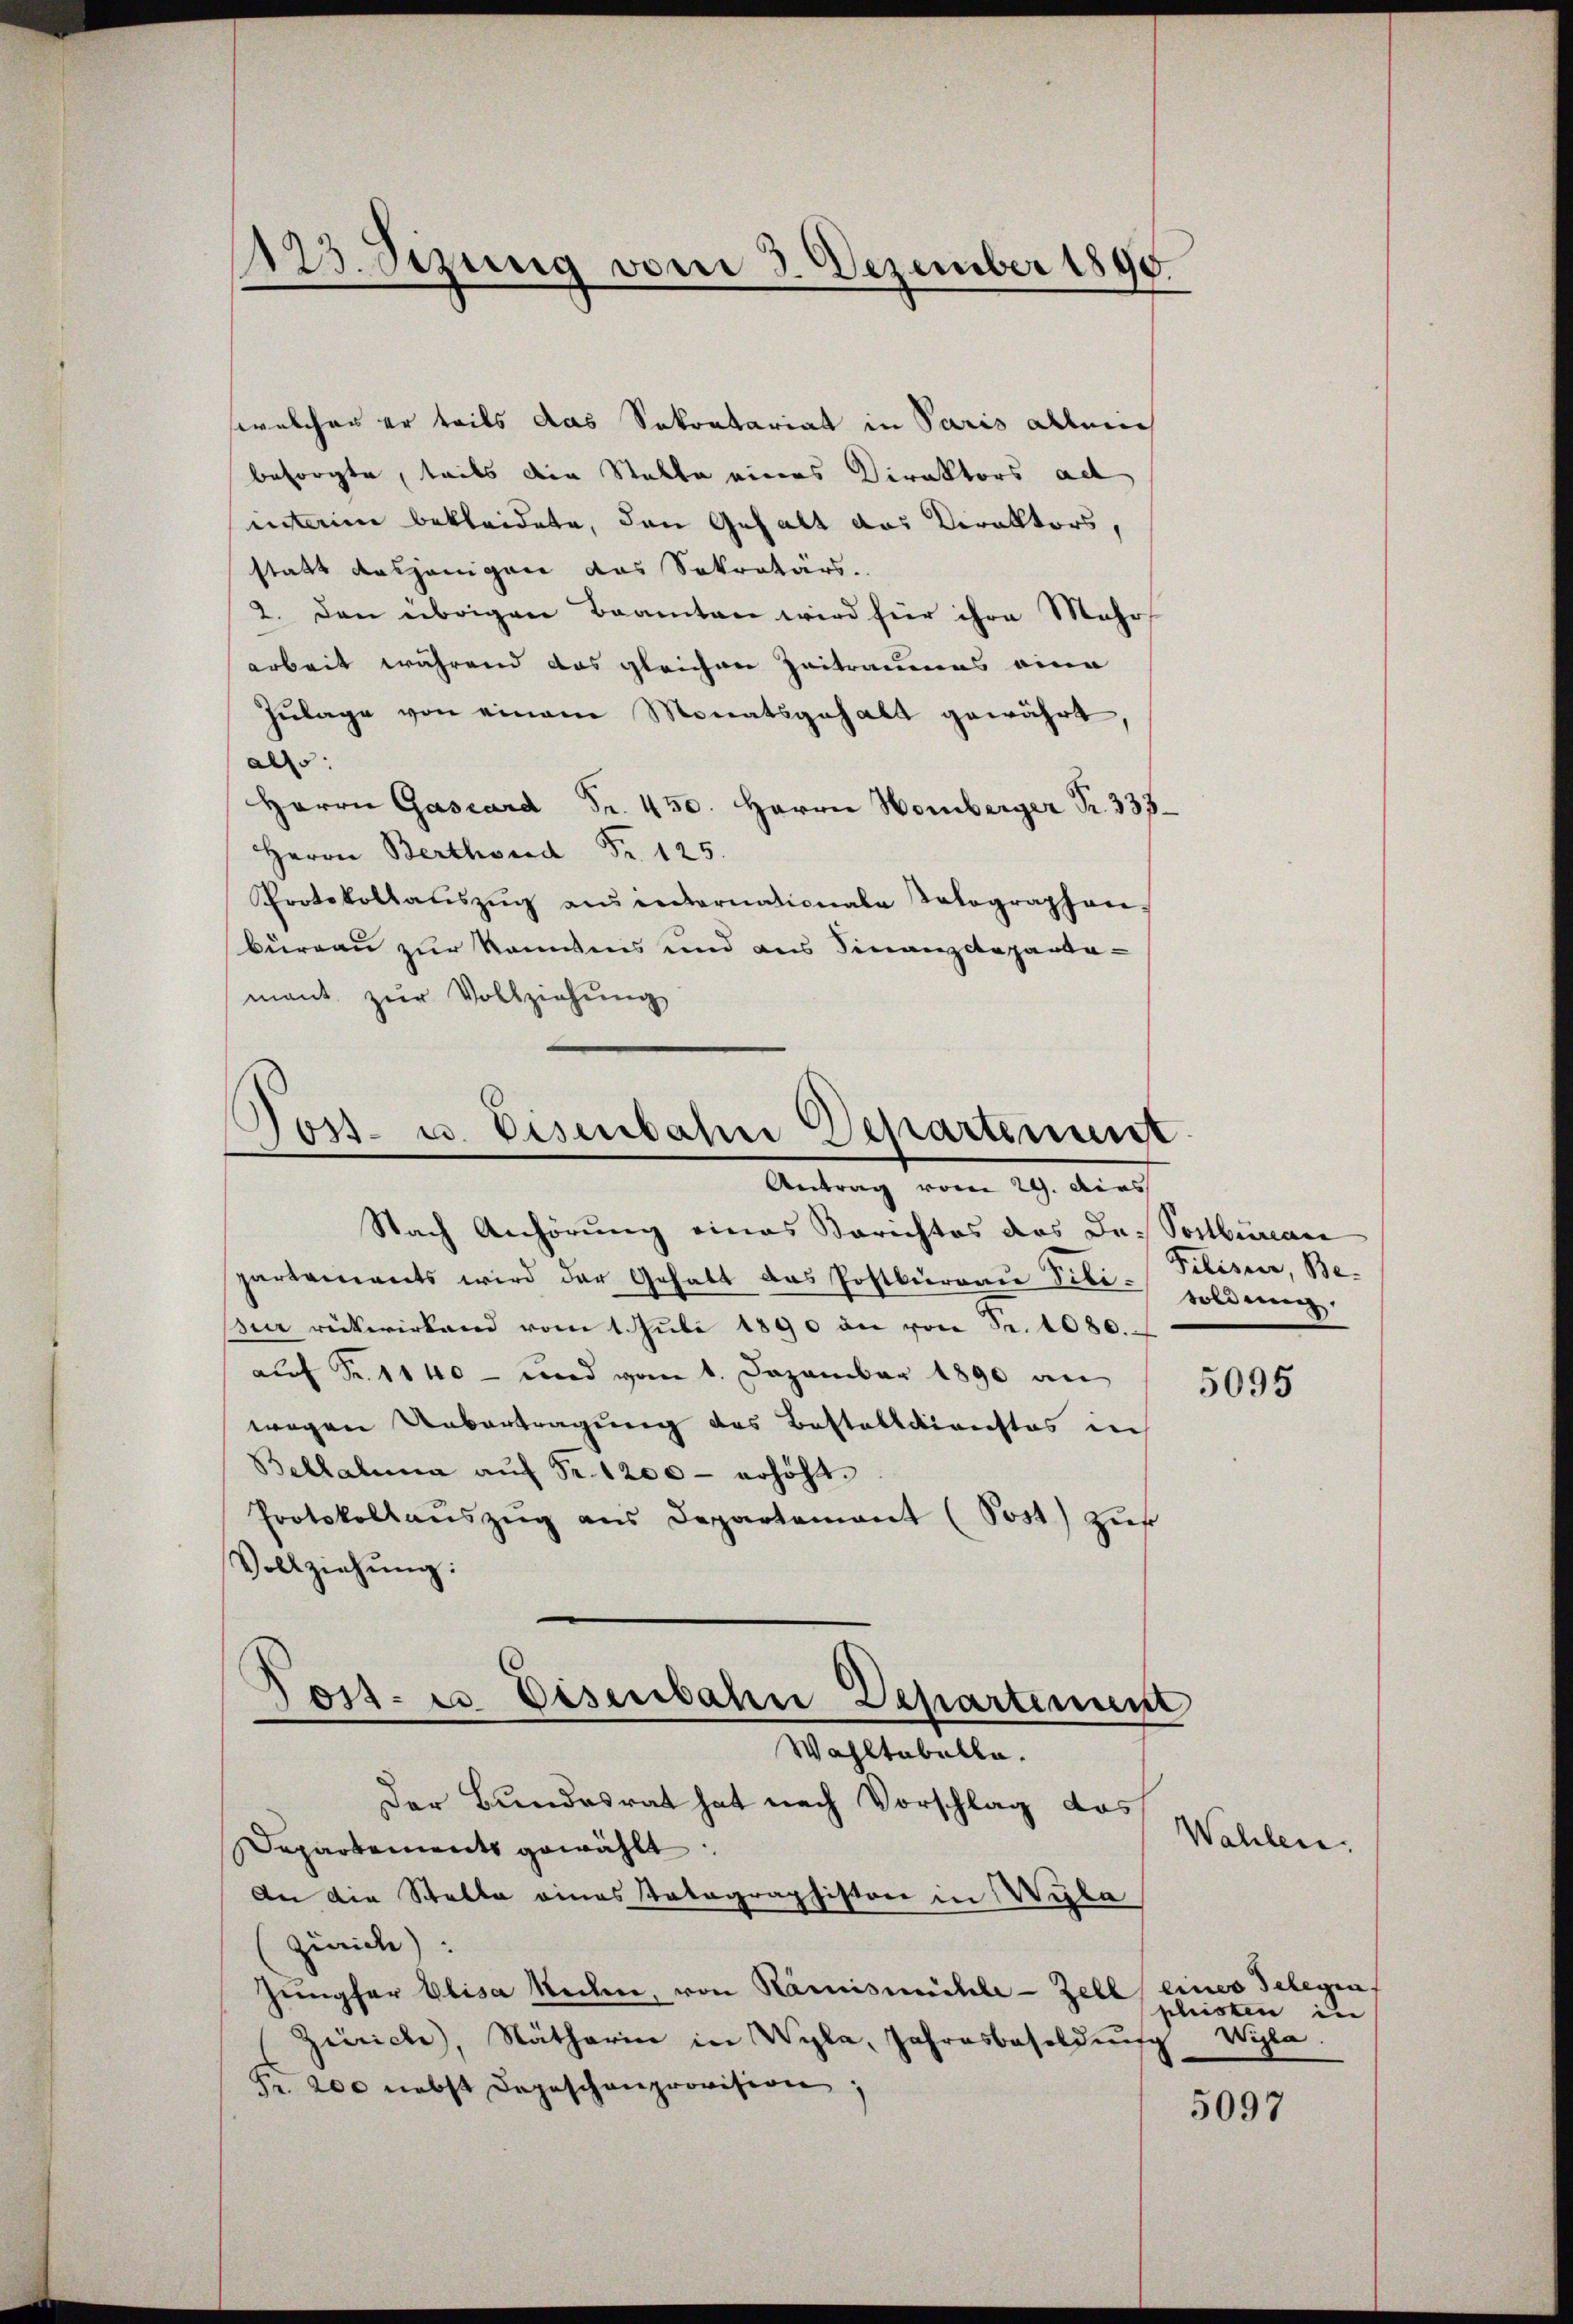
1123. Sizung vom 3. Dezember 1890.

Tos- u. Eisenbahn Departement
Antrag vom 29. Dies
Nach Anhörung eines Berichtes das Das Sostburcare

welcher er teils das Sokontariat in Paris allei
besorgte, teils die Stelle eines Direktors ad
interim bekleidete, den Gehalt das Viraltors,
statt dasjenigen das Sekretärs.
2. den übrigen Beamten wird für ihre Mehr
arbeit während das gleichen Zeitraumes eine
Zulage von einem Monatsgehalt gewährt,
alls:
Herrn Gascard Fr. 450. Herrn Homberger Fr. 333
Herrn Berthoud Fr. 125.
Protokollauszug aus internationale Kolographen.
büreau zur kanntnis und aus Finanzdepartamant zŭr Vollziehŭng

partements wird der Gehalt das Postbüreau dete soldung.
die rückwirkend vom 1. Juli 1890 an von Fr. 1080.
auf Fr. 1140 - und vom 1. Dezember 1890 an
wegen Uebertragung des Bestaltdienstes in
Bellatina aŭf Fr. 1200 - erhöht.
Protokollaŭszŭg ans Departement (Post) zŭs
Vollziehung:

Filisier, Be-

Der Bundesrat hat nach Vorschlag das
Departements gewählt:
An die Stelle eines Patographistore in Wyla
Zürich).
Jungfer Elisa Reihen, von Kamismühle - Zell eines Telegraf
Zürich), Nätharin in Wyla, Jahresbesoldnis
Fr. 200 nebst dargeschenprovision,

Post- u. Eisenbahne Departinum
Wahltabella.

5095

Wahlen.

pleisten in
Wipla.

5097